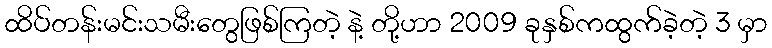
ထိပ်တန်းမင်းသမီးတွေဖြစ်ကြတဲ့ နဲ့ တို့ဟာ 2009 ခုနှစ်ကထွက်ခဲ့တဲ့ 3 မှာ